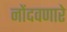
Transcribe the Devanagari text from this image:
नोंदवणारे